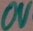
Text: 0V